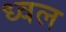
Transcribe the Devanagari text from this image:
ध्वल